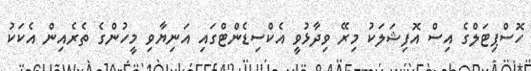
ހޮސްޕިޓަލްގެ އިސް އޮފިޝަލަކު މިރޭ ވިދާޅުވީ އެކްސިޑެންޓްގައި އަނިޔާވި މީހުންގެ ތެރެއިން އެކަކު